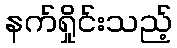
နက်ရှိုင်းသည့်